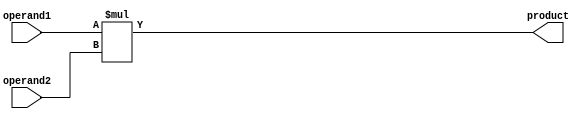
`timescale 1ns / 1ps
//////////////////////////////////////////////////////////////////////////////////
// Company: 
// Engineer: 
// 
// Design Name: 
// Module Name: multiplier
// Project Name: 
// Target Devices: 
// Tool Versions: 
// Description: 
// 
// Dependencies: 
// 
// Revision:
// Revision 0.01 - File Created
// Additional Comments:
// 
//////////////////////////////////////////////////////////////////////////////////


module multiplier(
    operand1, operand2, product
    );
    
    parameter WORD_SIZE = 8;
    input [WORD_SIZE-1:0] operand1, operand2;
    output [2*WORD_SIZE-1:0] product;
    
    assign product = operand1 * operand2;
    
endmodule